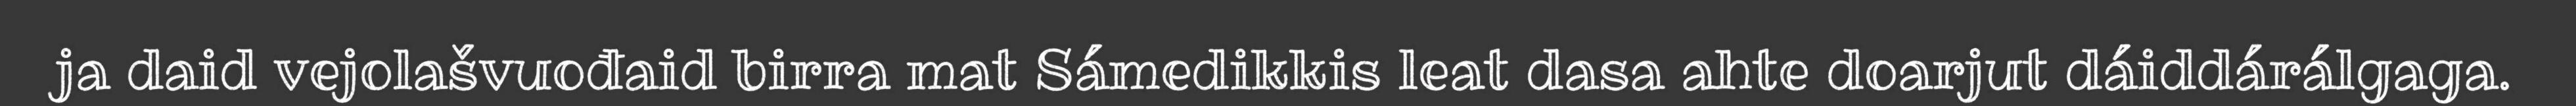
ja daid vejolašvuođaid birra mat Sámedikkis leat dasa ahte doarjut dáiddárálgaga.